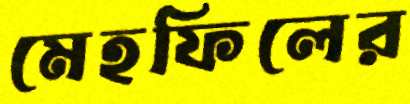
মেহফিলের